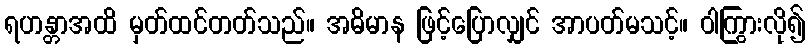
ရဟန္တာအထိ မှတ်ထင်တတ်သည်။ အဓိမာန ဖြင့်ပြောလျှင် အာပတ်မသင့်။ ဝါကြွားလို၍